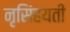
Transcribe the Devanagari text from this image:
नृसिंहयती